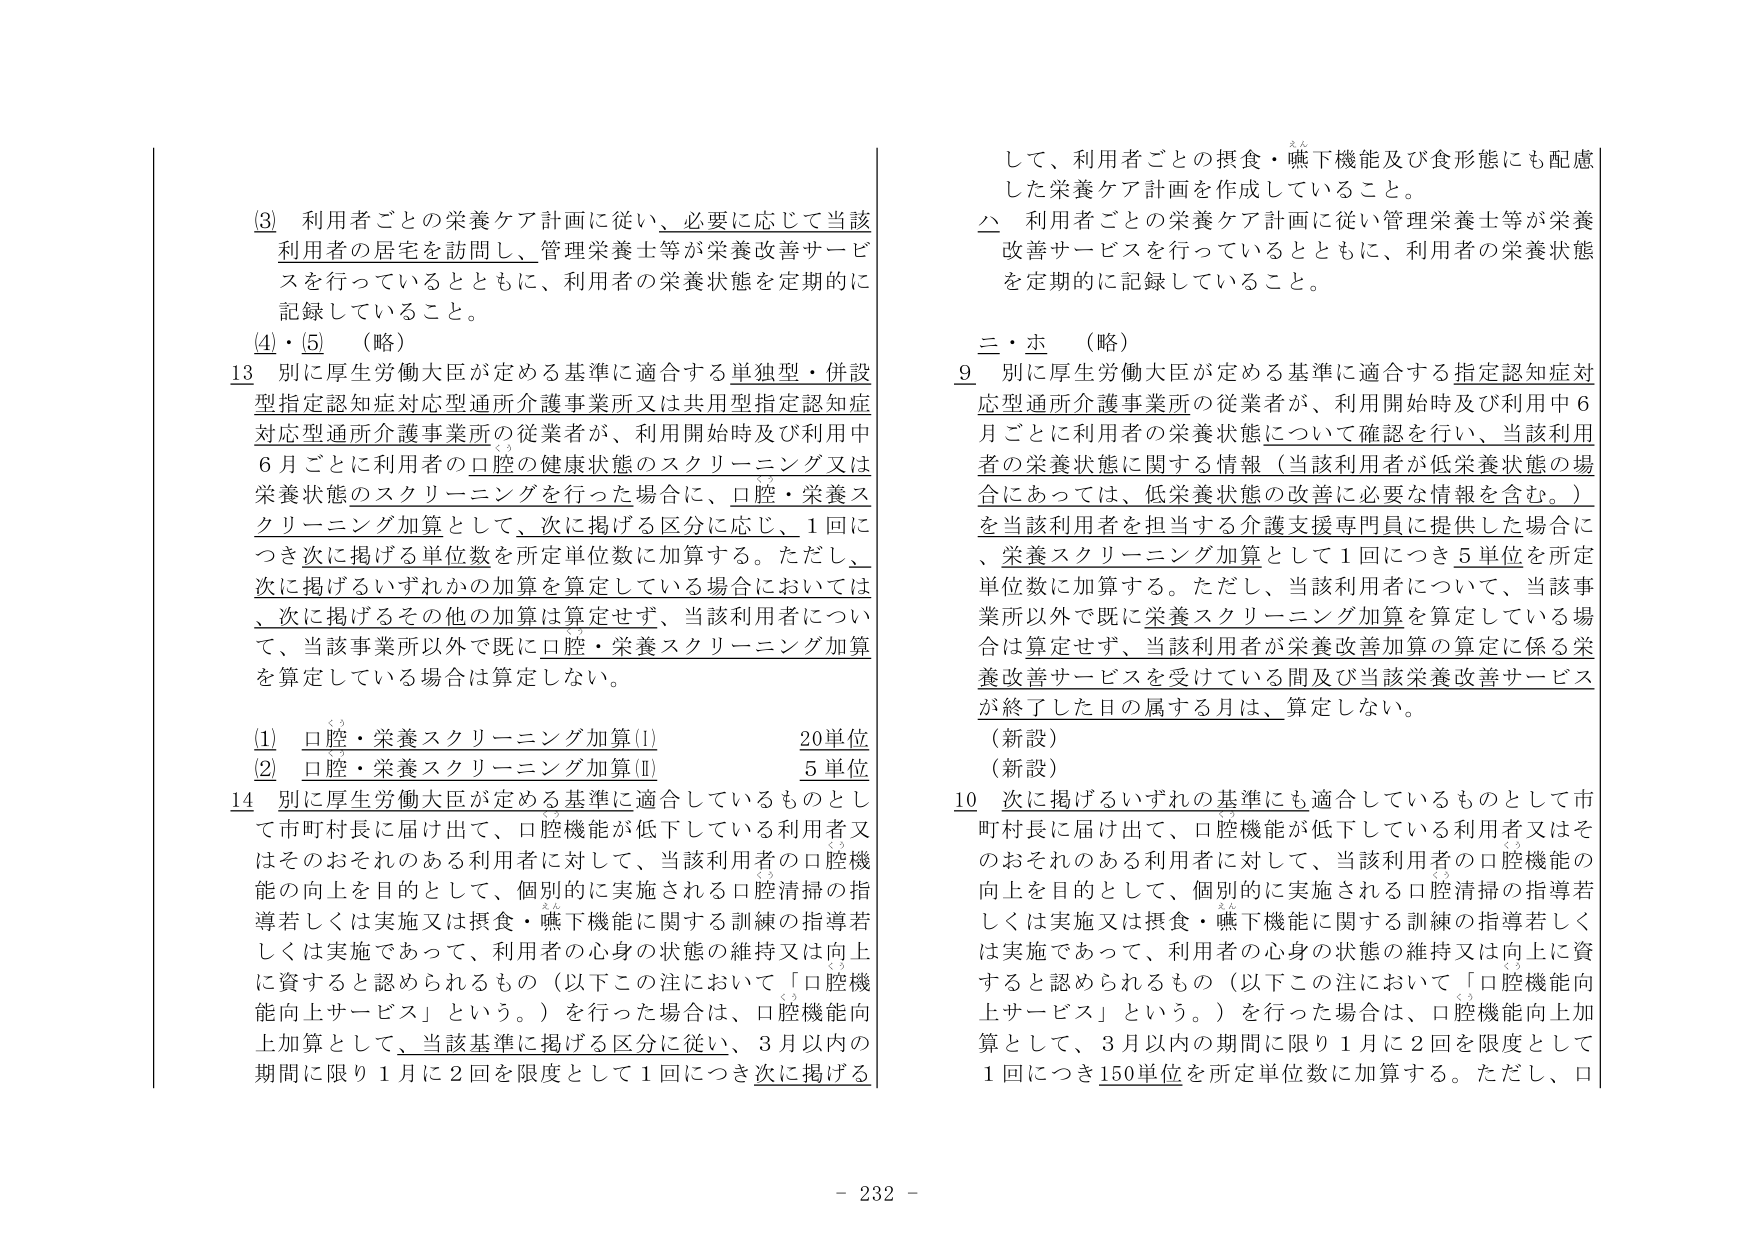
(3) 利用者ごとの栄養ケア計画に従い、必要に応じて当該利用者の居宅を訪問し、管理栄養士等が栄養改善サービスを行っているとともに、利用者の栄養状態を定期的に記録していること。

(4)・(5) （略）

13 別に厚生労働大臣が定める基準に適合する単独型・併設型指定認知症対応型通所介護事業所又は共用型指定認知症対応型通所介護事業所の従業者が、利用開始時及び利用中6月ごとに利用者の口腔の健康状態のスクリーニング又は栄養状態のスクリーニングを行った場合に、口腔・栄養スクリーニング加算として、次に掲げる区分に応じ、1回につき次に掲げる単位数を所定単位数に加算する。ただし、次に掲げるいずれかの加算を算定している場合においては、次に掲げるその他の加算は算定せず、当該利用者について、当該事業所以外で既に口腔・栄養スクリーニング加算を算定している場合は算定しない。

(1) 口腔・栄養スクリーニング加算(I) 20単位
(2) 口腔・栄養スクリーニング加算(II) 5単位

14 別に厚生労働大臣が定める基準に適合しているものとして市町村長に届け出て、口腔機能が低下している利用者又はそのおそれのある利用者に対して、当該利用者の口腔機能の向上を目的として、個別的に実施される口腔清掃の指導若しくは実施又は摂食・嚥下機能に関する訓練の指導若しくは実施であって、利用者の心身の状態の維持又は向上に資すると認められるもの（以下この注において「口腔機能向上サービス」という。）を行った場合は、口腔機能向上加算として、当該基準に掲げる区分に従い、3月以内の期間に限り1月に2回を限度として1回につき次に掲げる

して、利用者ごとの摂食・嚥下機能及び食形態にも配慮した栄養ケア計画を作成していること。

△ 利用者ごとの栄養ケア計画に従い管理栄養士等が栄養改善サービスを行っているとともに、利用者の栄養状態を定期的に記録していること。

三・ホ （略）

9 別に厚生労働大臣が定める基準に適合する指定認知症対応型通所介護事業所の従業者が、利用開始時及び利用中6月ごとに利用者の栄養状態について確認を行い、当該利用者の栄養状態に関する情報（当該利用者が低栄養状態の場合にあっては、低栄養状態の改善に必要な情報を含む。）を当該利用者を担当する介護支援専門員に提供した場合に、栄養スクリーニング加算として1回につき5単位を所定単位数に加算する。ただし、当該利用者について、当該事業所以外で既に栄養スクリーニング加算を算定している場合は算定せず、当該利用者が栄養改善加算の算定に係る栄養改善サービスを受けている間及び当該栄養改善サービスが終了した日の属する月は、算定しない。

（新設）
（新設）

10 次に掲げるいずれの基準にも適合しているものとして市町村長に届け出て、口腔機能が低下している利用者又はそのおそれのある利用者に対して、当該利用者の口腔機能の向上を目的として、個別的に実施される口腔清掃の指導若しくは実施又は摂食・嚥下機能に関する訓練の指導若しくは実施であって、利用者の心身の状態の維持又は向上に資すると認められるもの（以下この注において「口腔機能向上サービス」という。）を行った場合は、口腔機能向上加算として、3月以内の期間に限り1月に2回を限度として1回につき150単位を所定単位数に加算する。ただし、口

- 232 -